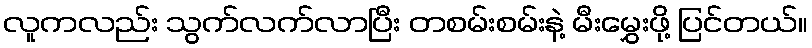
လူကလည်း သွက်လက်လာပြီး တစမ်းစမ်းနဲ့ မီးမွှေးဖို့ ပြင်တယ်။